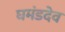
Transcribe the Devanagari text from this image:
घमंडदेव